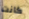
كانت